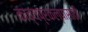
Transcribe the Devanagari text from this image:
काव्यप्रकल्पासाठी